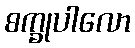
စက္ခုပါလော